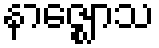
နာဇ္ဈောသ